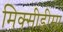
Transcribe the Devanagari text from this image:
मिक्सीडीमा